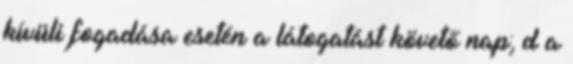
kívüli fogadása esetén a látogatást követő nap; d a